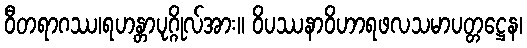
ဝီတရာဂဿ၊ရဟန္တာပုဂ္ဂိုလ်အား။ ဝိပဿနာဝိဟာရဖလသမာပတ္တဋ္ဌေန၊